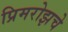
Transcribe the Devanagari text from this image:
प्रिमरोझचे